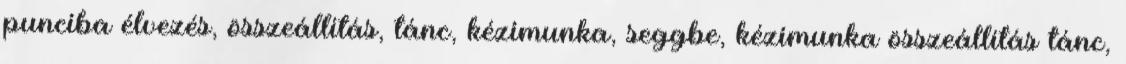
punciba élvezés, összeállítás, tánc, kézimunka, seggbe, kézimunka összeállítás tánc,